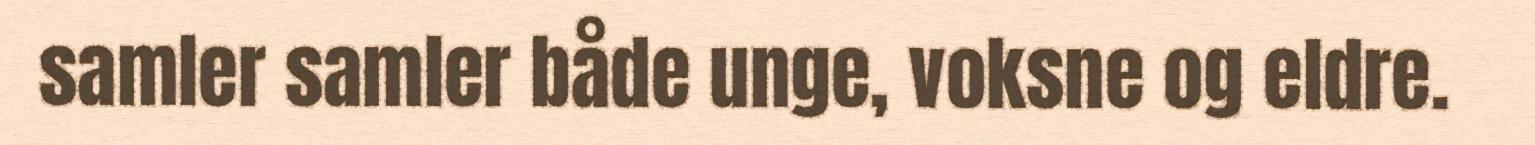
samler samler både unge, voksne og eldre.